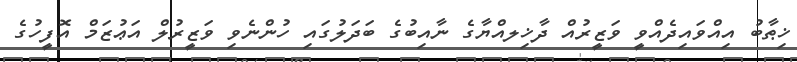
ޚިޠާބު އިއްވައިދެއްވީ ވަޒީރުއް ދާޚިލއްޔާގެ ނާއިބުގެ ބަދަލުގައި ހުންނެވި ވަޒީރުލް އަޢުޒަމް އޮފީހުގެ